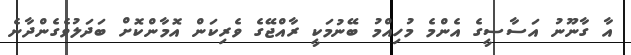
އާ ގާނޫނު އަސާސީގެ އެންމެ މުހިއްމު ބޭނުމަކީ ރާއްޖޭގެ ވެރިކަން އޮމާންކޮށް ބަދަލުވެގެންދާނެ